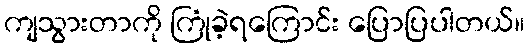
ကျသွားတာကို ကြုံခဲ့ရကြောင်း ပြောပြပါတယ်။